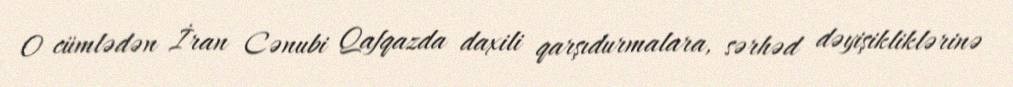
O cümlədən İran Cənubi Qafqazda daxili qarşıdurmalara, sərhəd dəyişikliklərinə